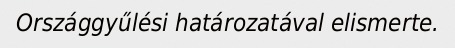
Országgyűlési határozatával elismerte.